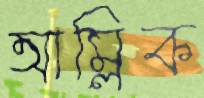
আম্লিক